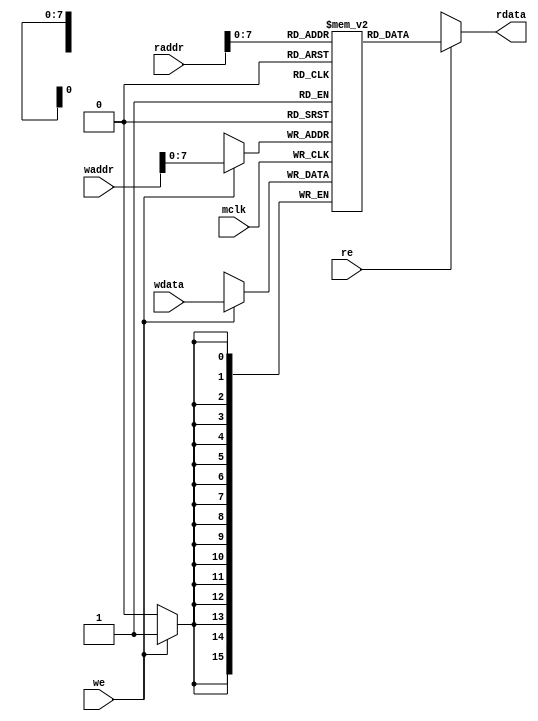
module test_RAM3(
    input mclk,

    input we,
    input [15:0] waddr,
    input [15:0] wdata,

    input re,
    input [15:0] raddr,
    output [15:0] rdata
);

    reg [15:0] mem_area[255:0] ;  //255 word (adresses  0000h to 00ff  are available)
    wire [15:0] HiZs;


     assign rdata = re ? mem_area[ raddr[7:0] ] : HiZs;


    always @(negedge mclk) begin
        if(we)mem_area[ waddr[7:0]] <= wdata;
    end 

    // Test program
    initial begin
        //Main Program Area : 0000h - 004fh
        //Sub-routin Area   : 0050h - 006fh
        //data Area         : 0070h - 00B9h
        //Stack Area        : 00C0h - 00ffh

              //[ 　Addr ]   Data　　　　//
        //Main Program Area : 0000h - 004fh
        mem_area[16'h0000] = 16'h1260;  // LAD  r  = GR6, x  = No Reg
        mem_area[16'h0001] = 16'h0050;  // adr = 0050h
        mem_area[16'h0002] = 16'h1270;  // LAD  r  = GR7, x  = No Reg
        mem_area[16'h0003] = 16'h0070;  // adr = 0070h
        mem_area[16'h0004] = 16'h1210;  // LAD  r  = GR1, x  = No Reg
        mem_area[16'h0005] = 16'h5a5a;  // adr = 5a5ah
        mem_area[16'h0006] = 16'h7000;  // PUSH x  = No Reg
        mem_area[16'h0007] = 16'ha5a5;  // adr = a5a5h
        mem_area[16'h0008] = 16'h7000;  // PUSH x  = No Reg
        mem_area[16'h0009] = 16'h0000;  // adr = 0000h
        mem_area[16'h000a] = 16'h7001;  // PUSH x  = GR1
        mem_area[16'h000b] = 16'h0000;  // adr = 0000h
        mem_area[16'h000c] = 16'h7100;  // POP  r  = GR0
        mem_area[16'h000d] = 16'h7100;  // POP  r  = GR0
        mem_area[16'h000e] = 16'h7001;  // PUSH x  = GR1
        mem_area[16'h000f] = 16'hffff;  // adr = 0000h
        mem_area[16'h0010] = 16'h7120;  // POP  r  = GR2
        mem_area[16'h0011] = 16'h7100;  // POP  r  = GR0
        mem_area[16'h0012] = 16'h7000;  // PUSH x  = GR0
        mem_area[16'h0013] = 16'h0000;  // adr = 0000h
        mem_area[16'h0014] = 16'h7001;  // PUSH x  = GR1
        mem_area[16'h0015] = 16'h0000;  // adr = 0000h
        mem_area[16'h0016] = 16'h7006;  // PUSH x  = GR6
        mem_area[16'h0017] = 16'h0000;  // adr = 0000h
        mem_area[16'h0018] = 16'h1200;  // LAD  r  = GR0, x  = No Reg
        mem_area[16'h0019] = 16'h0003;  // adr = 0003h
        mem_area[16'h001a] = 16'h1210;  // LAD  r  = GR1, x  = No Reg
        mem_area[16'h001b] = 16'h0001;  // adr = 0004h
        mem_area[16'h001c] = 16'h8006;  // CALL x  = GR6
        mem_area[16'h001d] = 16'h0000;  // adr = 0000h
        mem_area[16'h001e] = 16'h1107;  // ST   r  = GR0, x  = GR7
        mem_area[16'h001f] = 16'h0000;  // adr = 0000h
        mem_area[16'h0020] = 16'h1117;  // ST   r  = GR1, x  = GR7
        mem_area[16'h0021] = 16'h0001;  // adr = 0001h
        mem_area[16'h0022] = 16'h7160;  // POP  r  = GR6
        mem_area[16'h0023] = 16'h7110;  // POP  r  = GR1
        mem_area[16'h0024] = 16'h7100;  // POP  r  = GR0
        mem_area[16'h0025] = 16'h6400;  // JUMP x  = No Reg
        mem_area[16'h0026] = 16'h0006;  // adr = 0006h
        mem_area[16'h0027] = 16'h0000;  // NOP
        mem_area[16'h0028] = 16'h0000;  // NOP
        mem_area[16'h0029] = 16'h0000;  // NOP
        mem_area[16'h002a] = 16'h0000;  // NOP
        mem_area[16'h002b] = 16'h0000;  // NOP
        mem_area[16'h002c] = 16'h0000;  // NOP
        mem_area[16'h002d] = 16'h0000;  // NOP
        mem_area[16'h002e] = 16'h0000;  // NOP
        mem_area[16'h002f] = 16'h0000;  // NOP
        mem_area[16'h0030] = 16'h0000;  // NOP
        mem_area[16'h0031] = 16'h0000;  // NOP
        mem_area[16'h0032] = 16'h0000;  // NOP
        mem_area[16'h0033] = 16'h0000;  // NOP
        mem_area[16'h0034] = 16'h0000;  // NOP
        mem_area[16'h0035] = 16'h0000;  // NOP
        mem_area[16'h0036] = 16'h0000;  // NOP
        mem_area[16'h0037] = 16'h0000;  // NOP
        mem_area[16'h0038] = 16'h0000;  // NOP
        mem_area[16'h0039] = 16'h0000;  // NOP
        mem_area[16'h003a] = 16'h0000;  // NOP
        mem_area[16'h003b] = 16'h0000;  // NOP
        mem_area[16'h003c] = 16'h0000;  // NOP
        mem_area[16'h003d] = 16'h0000;  // NOP
        mem_area[16'h003e] = 16'h0000;  // NOP
        mem_area[16'h003f] = 16'h0000;  // NOP
        mem_area[16'h0040] = 16'h0000;  // NOP
        mem_area[16'h0041] = 16'h0000;  // NOP
        mem_area[16'h0042] = 16'h0000;  // NOP
        mem_area[16'h0043] = 16'h0000;  // NOP
        mem_area[16'h0044] = 16'h0000;  // NOP
        mem_area[16'h0045] = 16'h0000;  // NOP
        mem_area[16'h0046] = 16'h0000;  // NOP
        mem_area[16'h0047] = 16'h0000;  // NOP
        mem_area[16'h0048] = 16'h0000;  // NOP
        mem_area[16'h0049] = 16'h0000;  // NOP
        mem_area[16'h004a] = 16'h0000;  // NOP
        mem_area[16'h004b] = 16'h0000;  // NOP
        mem_area[16'h004c] = 16'h0000;  // NOP
        mem_area[16'h004d] = 16'h0000;  // NOP
        mem_area[16'h004e] = 16'h0000;  // NOP
        mem_area[16'h004f] = 16'h0000;  // NOP
        
        //Sub-routin Area   : 0060h - 006fh
        mem_area[16'h0050] = 16'h2610;  // ADDL r1 = GR1, r2 = GR0
        mem_area[16'h0051] = 16'h1220;  // LAD  r  = GR2, x  = No Reg
        mem_area[16'h0052] = 16'h0001;  // adr = 0001
        mem_area[16'h0053] = 16'h2702;  // SUBL r1 = GR0, x2 = GR2
        mem_area[16'h0054] = 16'h0000;  // NOP
        mem_area[16'h0055] = 16'h6306;  // JMI x  = GR6
        mem_area[16'h0056] = 16'h0009;  // adr = 0009
        mem_area[16'h0057] = 16'h8006;  // CALL x  = GR6
        mem_area[16'h0058] = 16'h0000;  // adr = 0000
        mem_area[16'h0059] = 16'h8100;  // RET
        mem_area[16'h005a] = 16'h0000;  // NOP
        mem_area[16'h005b] = 16'h0000;  // NOP
        mem_area[16'h005c] = 16'h0000;  // NOP
        mem_area[16'h005d] = 16'h0000;  // NOP
        mem_area[16'h005e] = 16'h0000;  // NOP
        mem_area[16'h005f] = 16'h0000;  // NOP
        mem_area[16'h0060] = 16'h0000;  // NOP
        mem_area[16'h0061] = 16'h0000;  // NOP
        mem_area[16'h0062] = 16'h0000;  // NOP
        mem_area[16'h0063] = 16'h0000;  // NOP
        mem_area[16'h0064] = 16'h0000;  // NOP
        mem_area[16'h0065] = 16'h0000;  // NOP
        mem_area[16'h0066] = 16'h0000;  // NOP
        mem_area[16'h0067] = 16'h0000;  // NOP
        mem_area[16'h0068] = 16'h0000;  // NOP
        mem_area[16'h0069] = 16'h0000;  // NOP
        mem_area[16'h006a] = 16'h0000;  // NOP
        mem_area[16'h006b] = 16'h0000;  // NOP
        mem_area[16'h006c] = 16'h0000;  // NOP
        mem_area[16'h006d] = 16'h0000;  // NOP
        mem_area[16'h006e] = 16'h0000;  // NOP
        mem_area[16'h006f] = 16'h0000;  // NOP
    end


endmodule